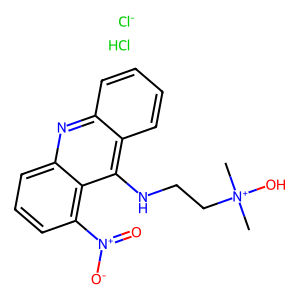
SMILES: C[N+](C)(O)CCNc1c2ccccc2nc2cccc([N+](=O)[O-])c12.Cl.[Cl-]
Inhibits HIV replication: No